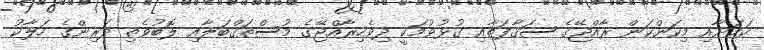
ކަމަށާއި މިކަންކަން ރާއްޖޭގެ ސަޤާފަތާއި ގުޅުވުމަކީ ދިވެހިރާއްޖޭގެ މުސްތަޤްބަލާއި ލޮބުވެތި ދަރިންގެ ހަލާކު